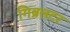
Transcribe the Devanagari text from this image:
गिब्रलटर